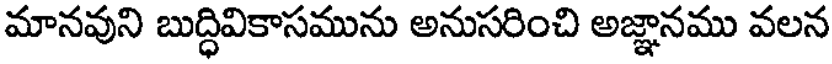
మానవుని బుద్ధివికాసమును అనుసరించి అజ్ఞానము వలన